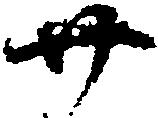
廿